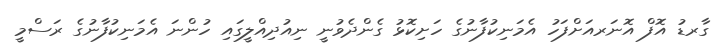
ގާރޑު އޮފް އޮނަރއަށްފަހު އެމަނިކުފާނުގެ ހަށިކޮޅު ގެންދެވުނީ ނިއުދިއްލީގައި ހުންނަ އެމަނިކުފާނުގެ ރަސްމީ